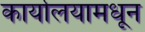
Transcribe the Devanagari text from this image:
कार्यालयामधून